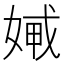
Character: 𡞨